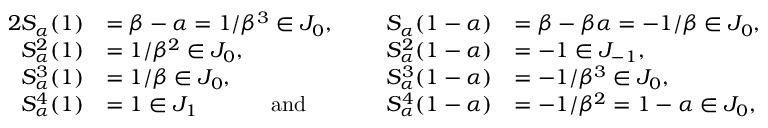
\begin{array} { r l r l } { { 2 } S _ { \alpha } ( 1 ) } & { = \beta - \alpha = 1 / \beta ^ { 3 } \in J _ { 0 } , } & { S _ { \alpha } ( 1 - \alpha ) } & { = \beta - \beta \alpha = - 1 / \beta \in J _ { 0 } , } \\ { S _ { \alpha } ^ { 2 } ( 1 ) } & { = 1 / \beta ^ { 2 } \in J _ { 0 } , } & { S _ { \alpha } ^ { 2 } ( 1 - \alpha ) } & { = - 1 \in J _ { - 1 } , } \\ { S _ { \alpha } ^ { 3 } ( 1 ) } & { = 1 / \beta \in J _ { 0 } , \ \ \ \ } & { S _ { \alpha } ^ { 3 } ( 1 - \alpha ) } & { = - 1 / \beta ^ { 3 } \in J _ { 0 } , } \\ { S _ { \alpha } ^ { 4 } ( 1 ) } & { = 1 \in J _ { 1 } \ \ \ \ \ \ \ \ \ \ \mathrm { a n d } \ \ \ \ \ \ \ \ } & { S _ { \alpha } ^ { 4 } ( 1 - \alpha ) } & { = - 1 / \beta ^ { 2 } = 1 - \alpha \in J _ { 0 } , } \end{array}